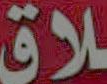
ـلاق